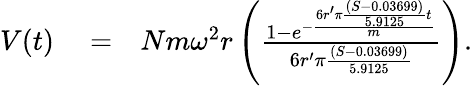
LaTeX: \begin{array}{rlr}{V(t)}&{{}=}&{Nm\omega^{2}r\left({\frac{1-e^{-{\frac{6r^{\prime}\pi{\frac{(S-0.03699)}{5.9125}}t}{m}}}}{6r^{\prime}\pi{\frac{(S-0.03699)}{5.9125}}}}\right).}\end{array}